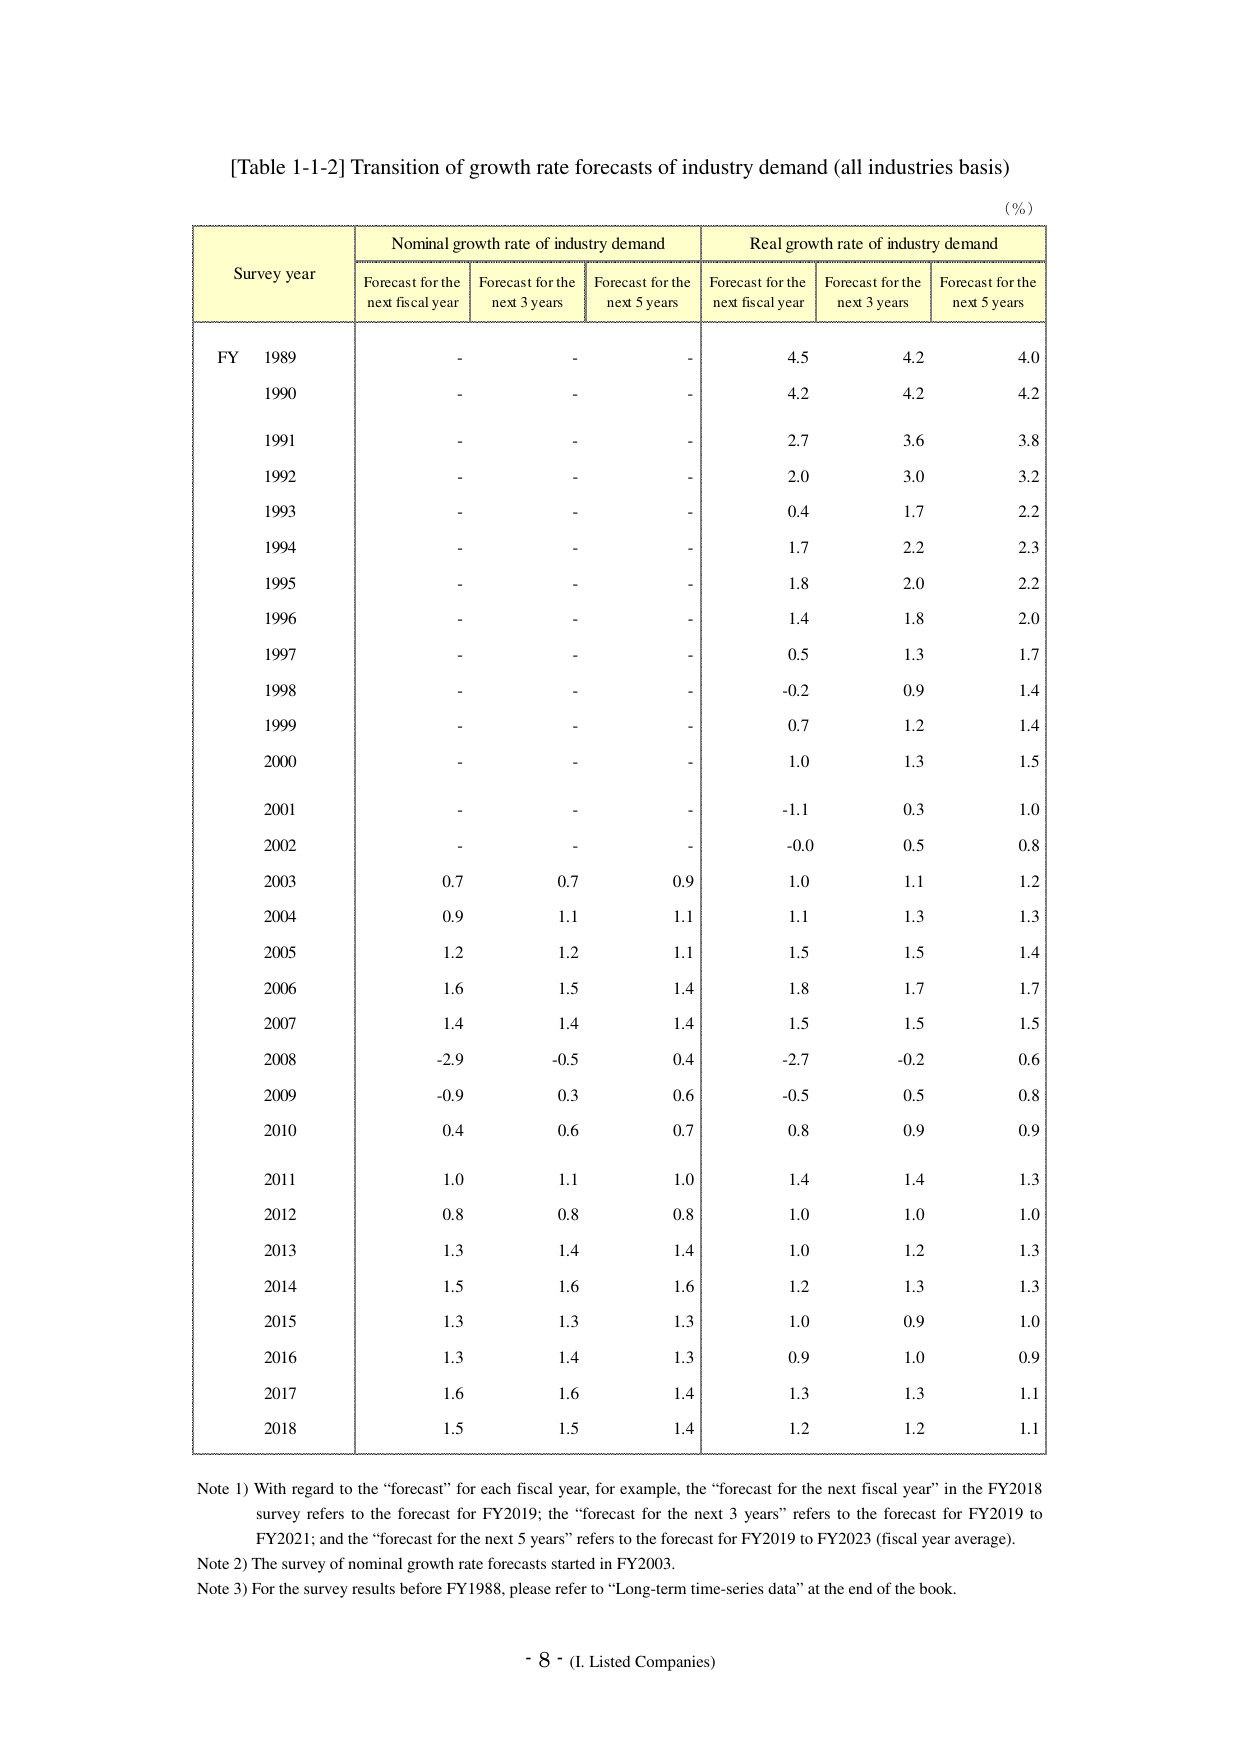
[Table 1-1-2] Transition of growth rate forecasts of industry demand (all industries basis)

(%)

Survey year | Nominal growth rate of industry demand | Real growth rate of industry demand
--- | --- | ---
 | Forecast for the next fiscal year | Forecast for the next 3 years | Forecast for the next 5 years | Forecast for the next fiscal year | Forecast for the next 3 years | Forecast for the next 5 years
FY 1989 | - | - | - | 4.5 | 4.2 | 4.0
1990 | - | - | - | 4.2 | 4.2 | 4.2
1991 | - | - | - | 2.7 | 3.6 | 3.8
1992 | - | - | - | 2.0 | 3.0 | 3.2
1993 | - | - | - | 0.4 | 1.7 | 2.2
1994 | - | - | - | 1.7 | 2.2 | 2.3
1995 | - | - | - | 1.8 | 2.0 | 2.2
1996 | - | - | - | 1.4 | 1.8 | 2.0
1997 | - | - | - | 0.5 | 1.3 | 1.7
1998 | - | - | - | -0.2 | 0.9 | 1.4
1999 | - | - | - | 0.7 | 1.2 | 1.4
2000 | - | - | - | 1.0 | 1.3 | 1.5
2001 | - | - | - | -1.1 | 0.3 | 1.0
2002 | - | - | - | -0.0 | 0.5 | 0.8
2003 | 0.7 | 0.7 | 0.9 | 1.0 | 1.1 | 1.2
2004 | 0.9 | 1.1 | 1.1 | 1.1 | 1.3 | 1.3
2005 | 1.2 | 1.2 | 1.1 | 1.5 | 1.5 | 1.4
2006 | 1.6 | 1.5 | 1.4 | 1.8 | 1.7 | 1.7
2007 | 1.4 | 1.4 | 1.4 | 1.5 | 1.5 | 1.5
2008 | -2.9 | -0.5 | 0.4 | -2.7 | -0.2 | 0.6
2009 | -0.9 | 0.3 | 0.6 | -0.5 | 0.5 | 0.8
2010 | 0.4 | 0.6 | 0.7 | 0.8 | 0.9 | 0.9
2011 | 1.0 | 1.1 | 1.0 | 1.4 | 1.4 | 1.3
2012 | 0.8 | 0.8 | 0.8 | 1.0 | 1.0 | 1.0
2013 | 1.3 | 1.4 | 1.4 | 1.0 | 1.2 | 1.3
2014 | 1.5 | 1.6 | 1.6 | 1.2 | 1.3 | 1.3
2015 | 1.3 | 1.3 | 1.3 | 1.0 | 0.9 | 1.0
2016 | 1.3 | 1.4 | 1.3 | 0.9 | 1.0 | 0.9
2017 | 1.6 | 1.6 | 1.4 | 1.3 | 1.3 | 1.1
2018 | 1.5 | 1.5 | 1.4 | 1.2 | 1.2 | 1.1

Note 1) With regard to the “forecast” for each fiscal year, for example, the “forecast for the next fiscal year” in the FY2018 survey refers to the forecast for FY2019; the “forecast for the next 3 years” refers to the forecast for FY2019 to FY2021; and the “forecast for the next 5 years” refers to the forecast for FY2019 to FY2023 (fiscal year average).

Note 2) The survey of nominal growth rate forecasts started in FY2003.

Note 3) For the survey results before FY1988, please refer to “Long-term time-series data” at the end of the book.

- 8 - (I. Listed Companies)